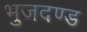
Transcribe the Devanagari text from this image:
भुजदण्ड